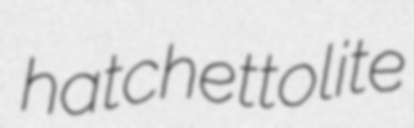
hatchettolite